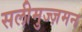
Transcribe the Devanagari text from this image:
सलीमुज्ज़मन